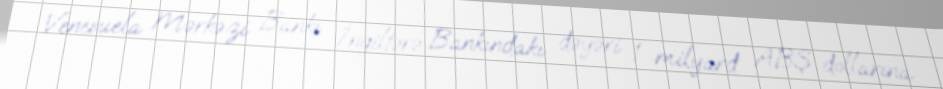
Venesuela Mərkəzi Bankı İngiltərə Bankındakı dəyəri 1 milyard ABŞ dollarına